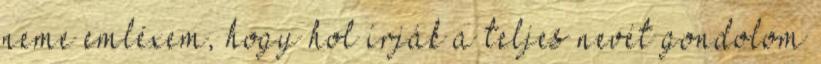
neme emléxem, hogy hol írják a teljes nevét gondolom